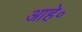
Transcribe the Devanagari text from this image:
आहे॰